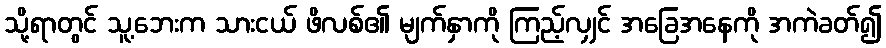
သို့ရာတွင် သူ့ဘေးက သားငယ် ဖိလစ်၏ မျက်နှာကို ကြည့်လျှင် အခြေအနေကို အကဲခတ်၍